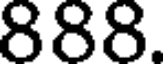
888.